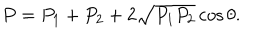
P = P _ { 1 } + P _ { 2 } + 2 \sqrt { P _ { 1 } P _ { 2 } } \cos \theta .